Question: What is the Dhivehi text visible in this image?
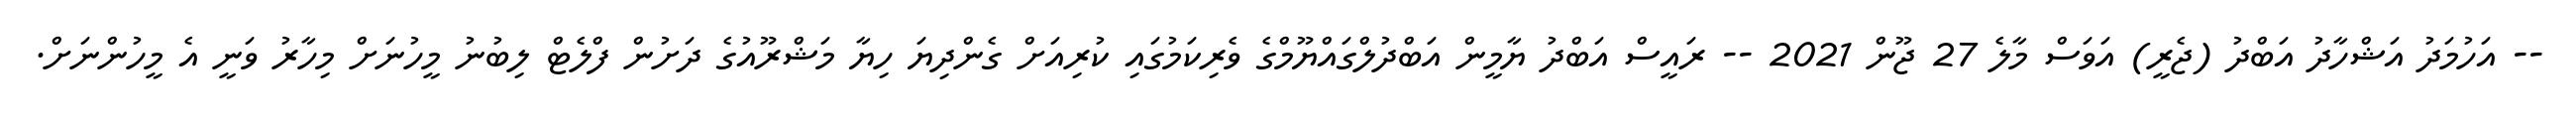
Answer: -- އަހުމަދު އަޝްހާދު އަބްދު (ޖެރީ) އަވަސް މާލެ 27 ޖޫން 2021 -- ރައީސް އަބްދު ޔާމީން އަބްދުލްގައްޔޫމްގެ ވެރިކަމުގައި ކުރިއަށް ގެންދިޔަ ހިޔާ މަޝްރޫއުގެ ދަށުން ފްލެޓް ލިބުނު މީހުނަށް މިހާރު ވަނީ އެ މީހުންނަށް.